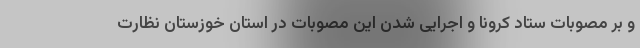
و بر مصوبات ستاد کرونا و اجرایی شدن این مصوبات در استان خوزستان نظارت